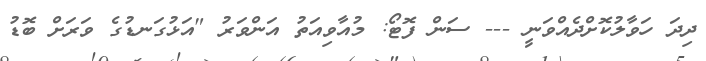
ދިދަ ހަވާލުކޮށްދެއްވަނީ --- ސަން ފޮޓޯ: މުއާވިއަތު އަންވަރު "އަޅުގަނޑުގެ ވަރަށް ބޮޑު